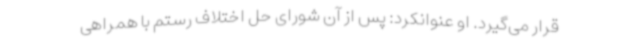
قرار می‌گیرد. او عنوانکرد: پس از آن شورای حل اختلاف رستم با همراهی